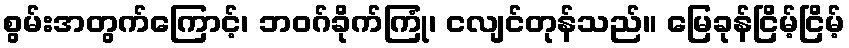
စွမ်းအတွက်ကြောင့်၊ ဘဝဂ်ခိုက်ကြုံ၊ ငလျင်တုန်သည်။ မြေခုန်ငြိမ့်ငြိမ့်